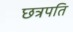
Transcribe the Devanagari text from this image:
छत्रपति